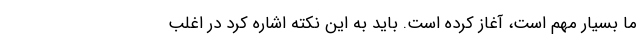
ما بسیار مهم است، آغاز کرده است. باید به این نکته اشاره کرد در اغلب